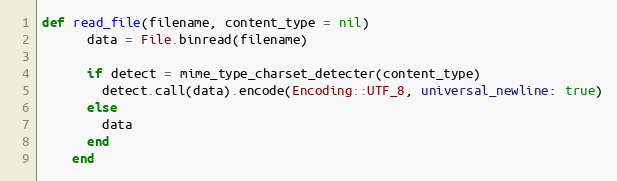
Language: Ruby
def read_file(filename, content_type = nil)
      data = File.binread(filename)

      if detect = mime_type_charset_detecter(content_type)
        detect.call(data).encode(Encoding::UTF_8, universal_newline: true)
      else
        data
      end
    end